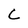
Character: C